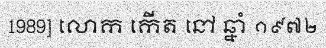
1989] លោក កើត នៅ ឆ្នាំ ១៩៧២